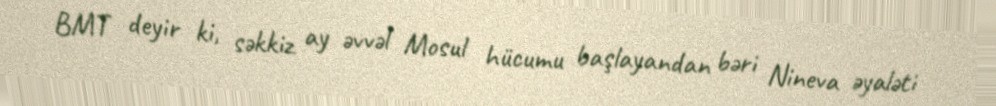
BMT deyir ki, səkkiz ay əvvəl Mosul hücumu başlayandan bəri Nineva əyaləti